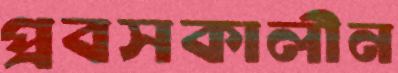
প্রবসকালীন